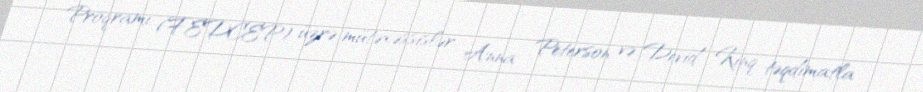
Proqramı (FEDCEP) üzrə mütəxəssislər Anna Peterson və Devid Kinq təqdimatla